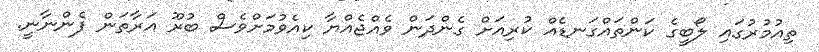
ތިއުމުރުގައި ލޯބީގެ ކަންތައްގަނޑެއް ކުރިއަށް ގެންދަން ވެއްޖެއްޔާ ކިއެވުމަށްވެސް ބުރޫ އަރާތަން ފެންނާނީ.